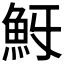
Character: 𩵯